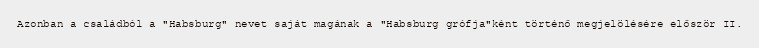
Azonban a családból a "Habsburg" nevet saját magának a "Habsburg grófja"ként történő megjelölésére először II.